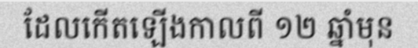
ដែលកើតឡើងកាលពី ១២ ឆ្នាំមុន